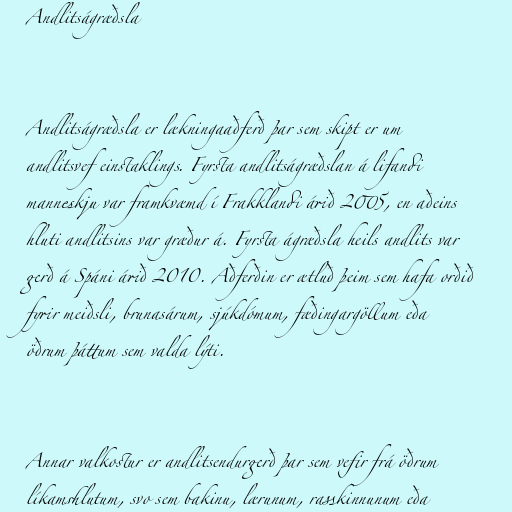
Andlitságræðsla

Andlitságræðsla er lækningaaðferð þar sem skipt er um
andlitsvef einstaklings. Fyrsta andlitságræðslan á lifandi
manneskju var framkvæmd í Frakklandi árið 2005, en aðeins
hluti andlitsins var græður á. Fyrsta ágræðsla heils andlits var
gerð á Spáni árið 2010. Aðferðin er ætluð þeim sem hafa orðið
fyrir meiðsli, brunasárum, sjúkdómum, fæðingargöllum eða
öðrum þáttum sem valda lýti.

Annar valkostur er andlitsendurgerð þar sem vefir frá öðrum
líkamshlutum, svo sem bakinu, lærunum, rasskinnunum eða